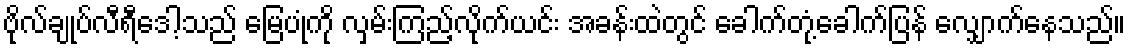
ဗိုလ်ချုပ်လီရီဒေါ့သည် မြေပုံကို လှမ်းကြည့်လိုက်ယင်း အခန်းထဲတွင် ခေါက်တုံ့ခေါက်ပြန် လျှောက်နေသည်။